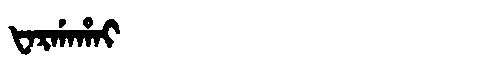
Manchu: ᡶᠠᡵᡤᠠᡥᠠᡳ
Romanization: FARGAHAI